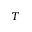
T